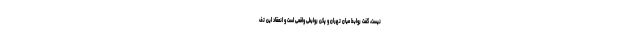
نیست، گفت روابط میان تهران و پکن روابطی واقعی است و انعقاد این تف